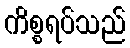
ကိစ္စရပ်သည်